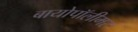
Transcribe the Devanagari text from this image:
बायोपॉलीमर